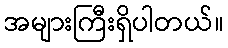
အများကြီးရှိပါတယ်။